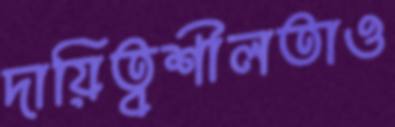
দায়িত্বশীলতাও